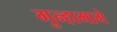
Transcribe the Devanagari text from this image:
गुन्हामागे